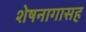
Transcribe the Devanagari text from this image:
शेषनागासह